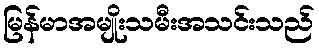
မြန်မာအမျိုးသမီးအသင်းသည်